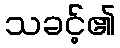
သခင့်၏